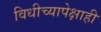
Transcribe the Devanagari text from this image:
विधीच्यापेक्षाही